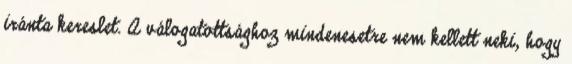
iránta kereslet. A válogatottsághoz mindenesetre nem kellett neki, hogy